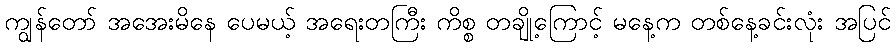
ကျွန်တော် အအေးမိနေ ပေမယ့် အရေးတကြီး ကိစ္စ တချို့ကြောင့် မနေ့က တစ်နေ့ခင်းလုံး အပြင်